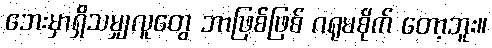
ဘေးမှာရှိသမျှလူတွေ ဘာဖြစ်ဖြစ် ဂရုမစိုက် တော့ဘူး။